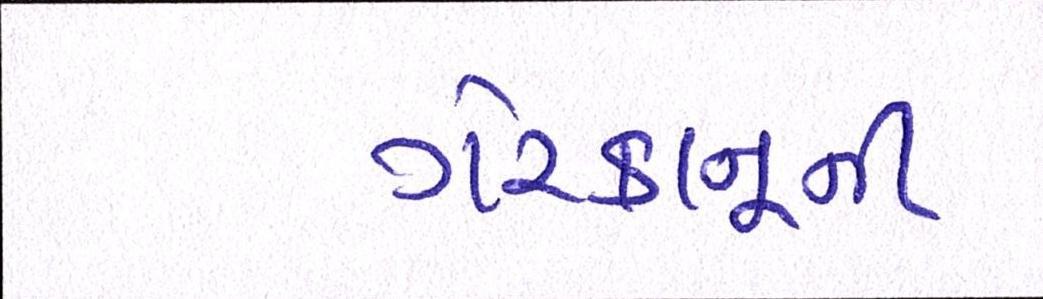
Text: ગેરકાનૂની